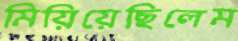
মিয়িয়েছিলেম